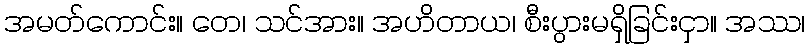
အမတ်ကောင်း။ တေ၊ သင်အား။ အဟိတာယ၊ စီးပွားမရှိခြင်းငှာ။ အဿ၊